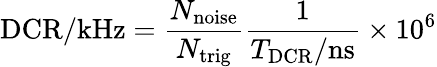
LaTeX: \mathrm{DCR/kHz}=\frac{N_{\mathrm{noise}}}{N_{\mathrm{trig}}}\frac{1}{T_{\mathrm{DCR}}/\mathrm{ns}}\times 10^{6}